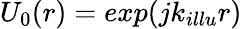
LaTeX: U_{0}(r)=exp(jk_{illu}r)